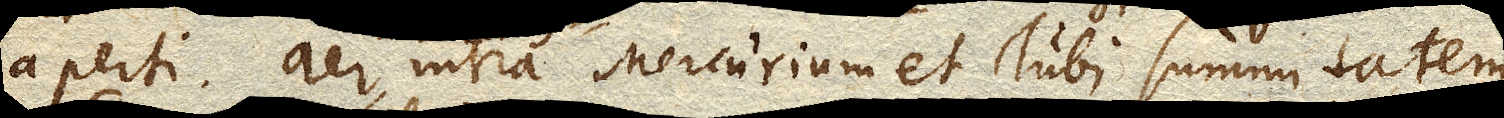
aperti. Aer intra Mercurium et Tubi summitatem